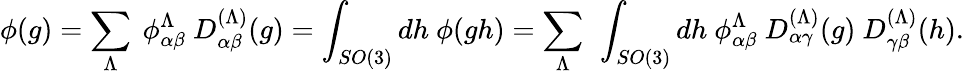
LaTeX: \phi(g)=\sum_{\Lambda}\ \phi_{\alpha\beta}^{\Lambda}\ D_{\alpha\beta}^{(\Lambda)}(g)=\int_{SO(3)}dh\ \phi(gh)=\sum_{\Lambda}\ \int_{SO(3)}dh\ \phi_{\alpha\beta}^{\Lambda}\ D_{\alpha\gamma}^{(\Lambda)}(g)\ D_{\gamma\beta}^{(\Lambda)}(h).